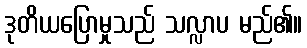
ဒုတိယပြောမှုသည် သလ္လာပ မည်၏။